Riigikantselei, lk 476
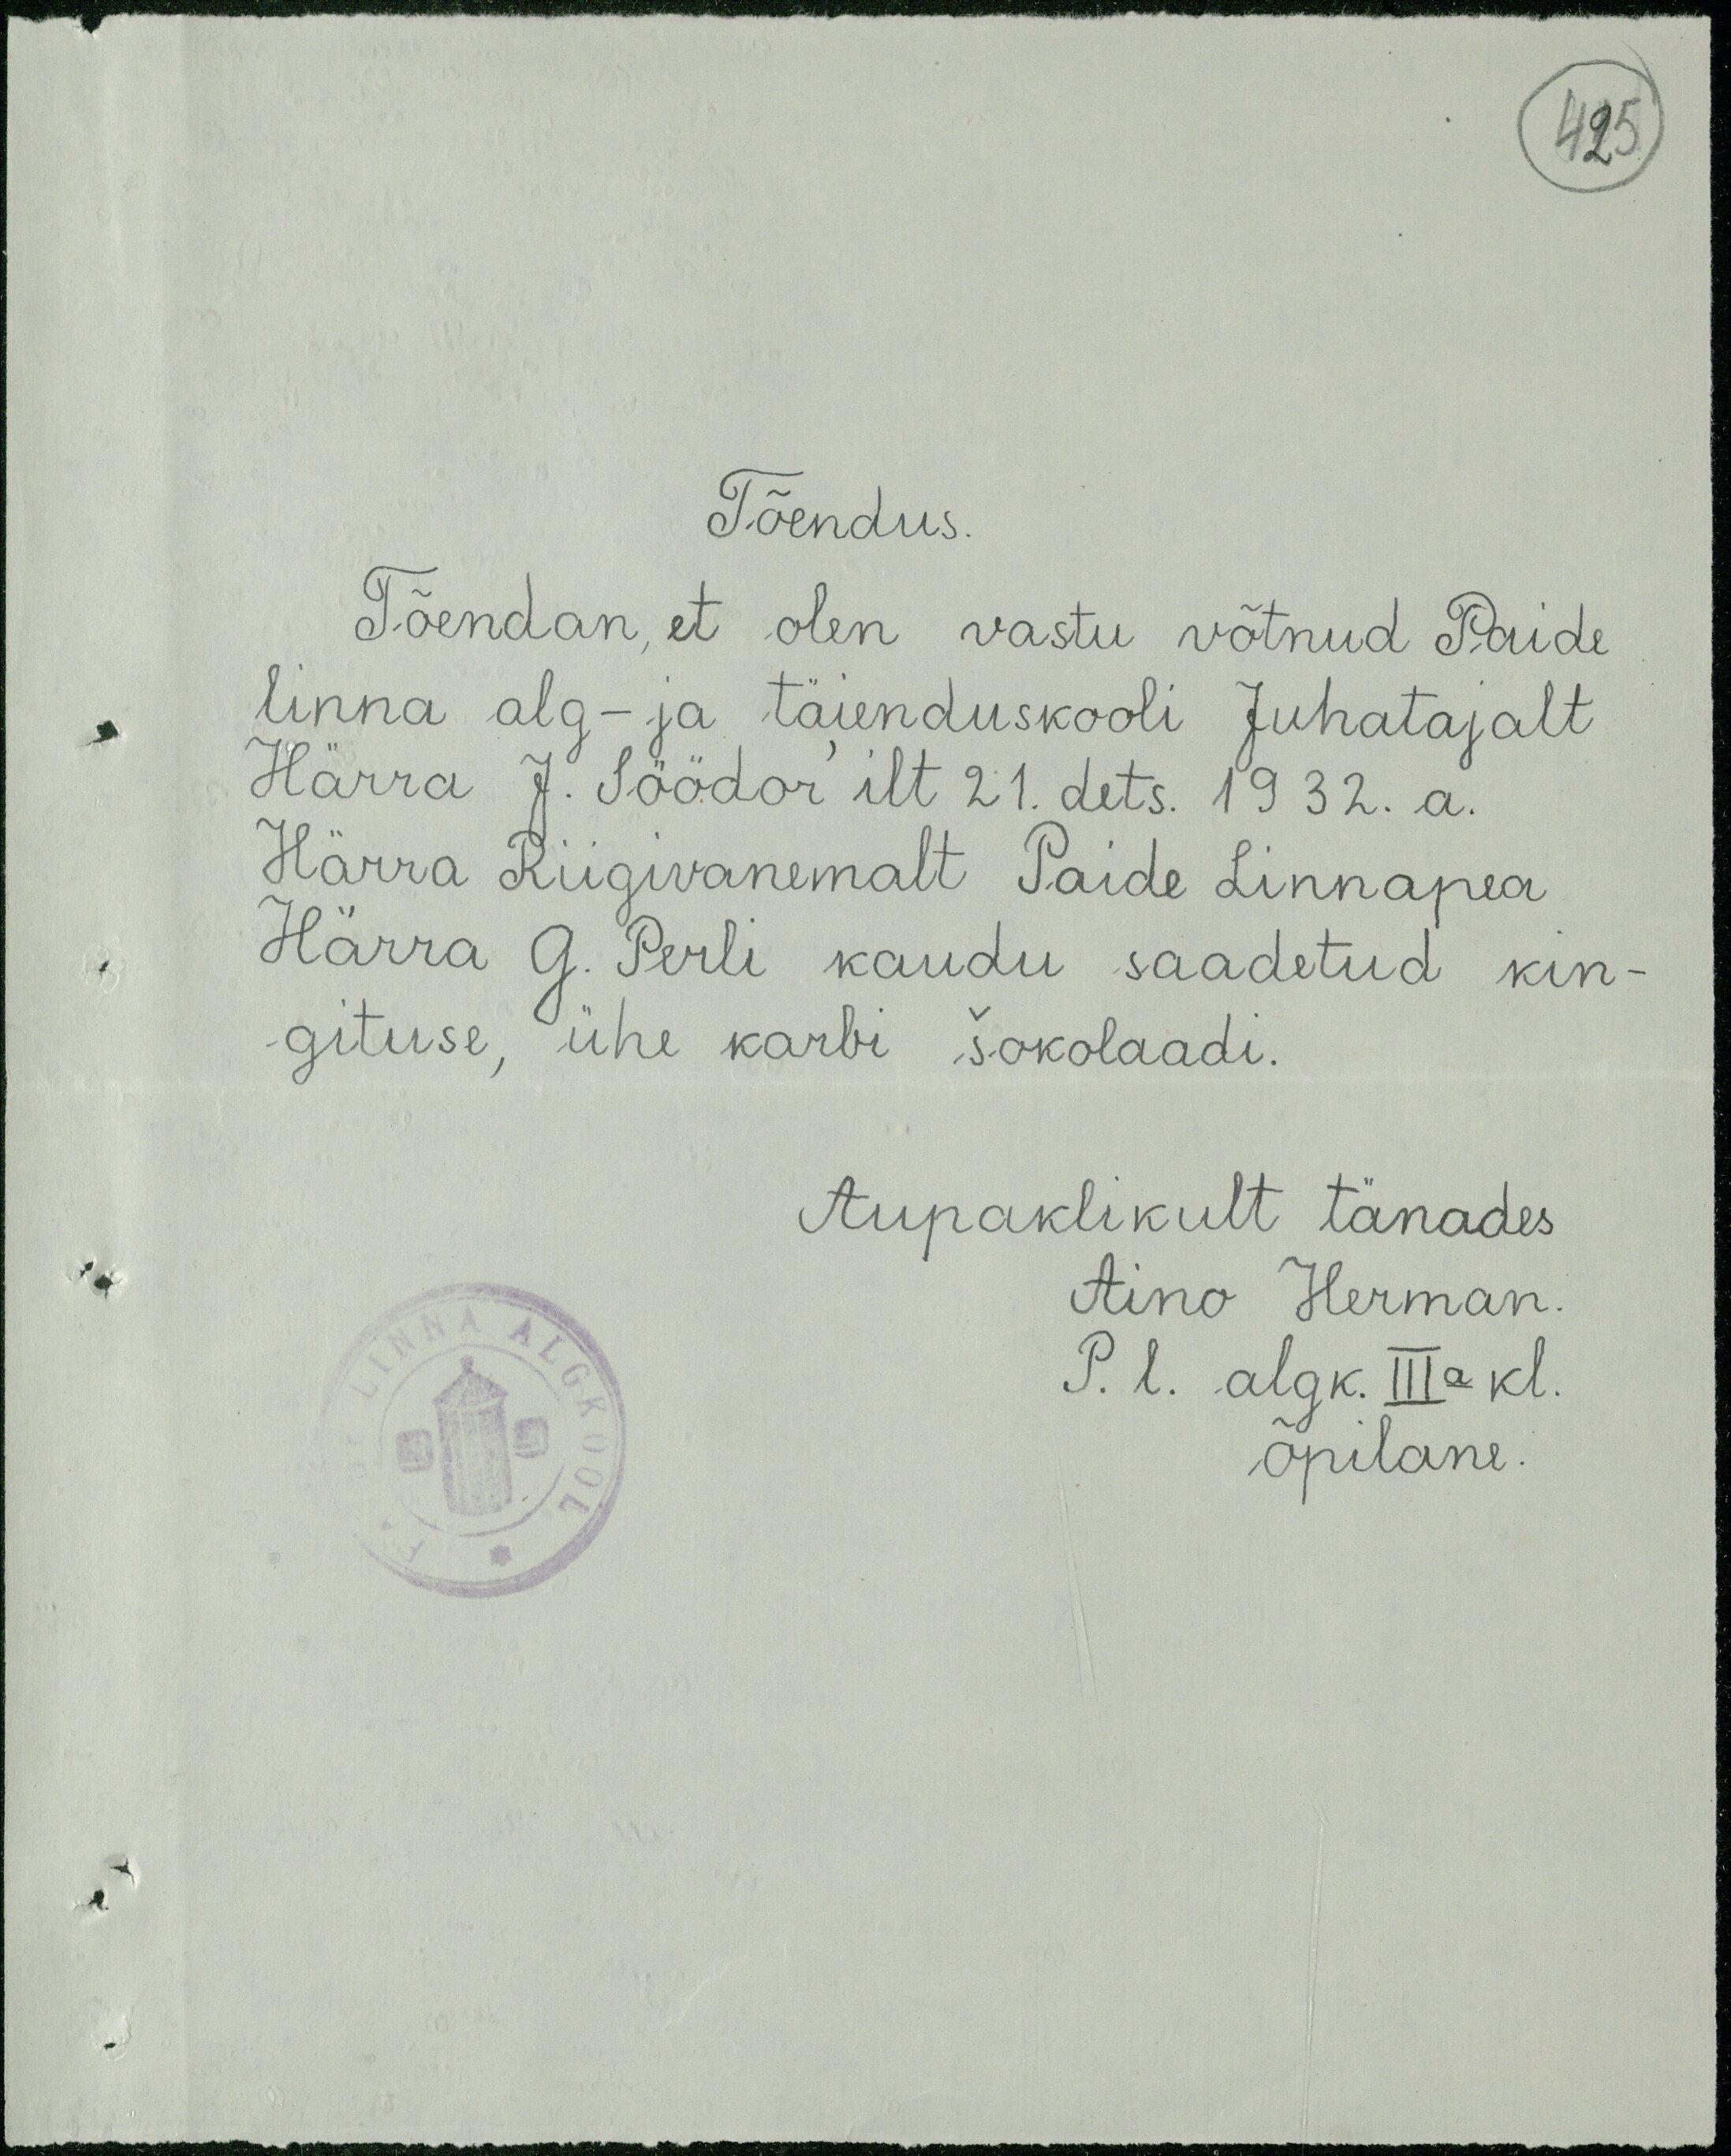
425

Tõendus.
Tõendan, et olen vastu võtnud Paide
linna alg- ja täienduskooli Juhatajalt
Härra J. Söödor'ilt 21. dets. 1932. a.
Härra Riigivanemalt Paide Linnapea
Härra G. Perli kaudu saadetud kin-
gituse, ühe karbi šokolaadi.
Aupaklikult tänades
Aino Herman
P. l. algk. IIIa kl.
õpilane.